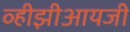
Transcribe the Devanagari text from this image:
व्हीझीआयजी